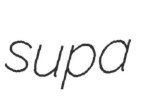
supa